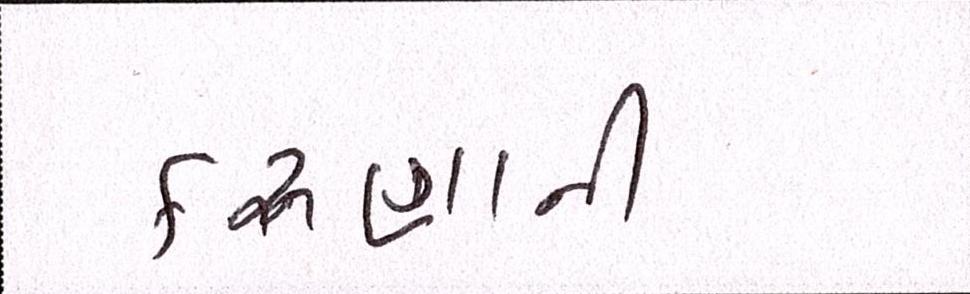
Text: કરુણાની